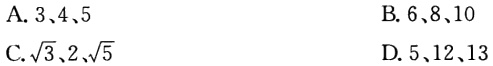
A. \(3、4、5\)
B. \(6、8、10\)
C. \(\sqrt{3}、2、\sqrt{5}\)
D. \(5、12、13\)